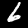
Label: 6